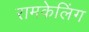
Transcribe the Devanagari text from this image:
रामकेलिंग